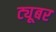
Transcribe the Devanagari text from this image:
ट्यूबर